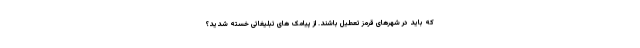
که باید در شهرهای قرمز تعطیل باشند. از پیامک های تبلیغاتی خسته شدید؟